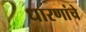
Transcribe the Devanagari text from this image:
धारणांचे